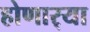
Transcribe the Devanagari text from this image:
होणार्‍या